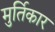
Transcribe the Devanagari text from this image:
मुर्तिकार